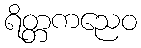
ရိတ္တကညေဝ